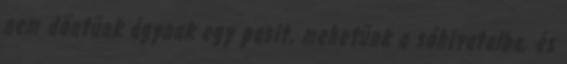
nem döntünk ágynak egy pasit, mehetünk a sóhivatalba, és